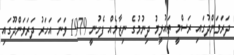
ދަރަވަންދުގައި ރަސްމީ ތައުލީމު ދިނުމުގެ ނިޒާމެއް ފެށުނީ 1979 ވަނަ އަހަރު ދަރަވަންދޫގައި